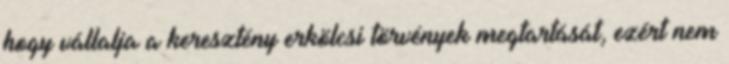
hogy vállalja a keresztény erkölcsi törvények megtartását, ezért nem